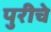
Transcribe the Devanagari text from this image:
पुरीचे